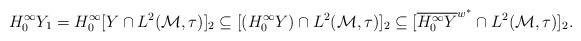
LaTeX: \begin{align*}H^\infty_0 Y_1= H^\infty_0 [Y\cap L^2(\mathcal M,\tau)]_2\subseteq [(H^\infty_0Y)\cap L^2(\mathcal M,\tau)]_2\subseteq [\overline{H^\infty_0Y}^{w^*}\cap L^2(\mathcal M,\tau)]_2.\end{align*}